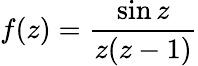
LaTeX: f(z)={\frac{\sin z}{z(z-1)}}